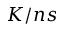
K / n s